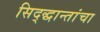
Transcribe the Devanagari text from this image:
सिद्द्धान्तांचा